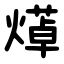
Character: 㷹